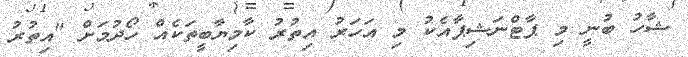
ޝާހު ބުނީ މި ޕާޓްނަޝިޕާއެކު މި އަހަރު އިތުރު ކާމިޔާބީތަކެއް ހޯދުމަށް "އިތުރު